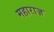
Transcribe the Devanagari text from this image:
महाराज़